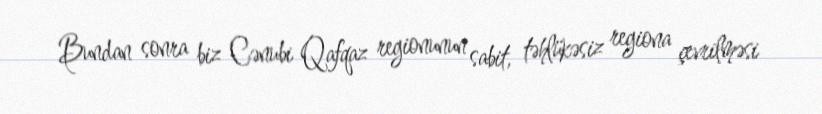
Bundan sonra biz Cənubi Qafqaz regionunun sabit, təhlükəsiz regiona çevrilməsi